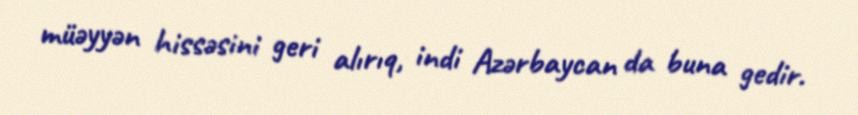
müəyyən hissəsini geri alırıq, indi Azərbaycan da buna gedir.